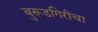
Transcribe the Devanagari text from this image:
बुरूडगिरीचा